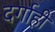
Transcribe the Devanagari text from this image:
दर्गाही